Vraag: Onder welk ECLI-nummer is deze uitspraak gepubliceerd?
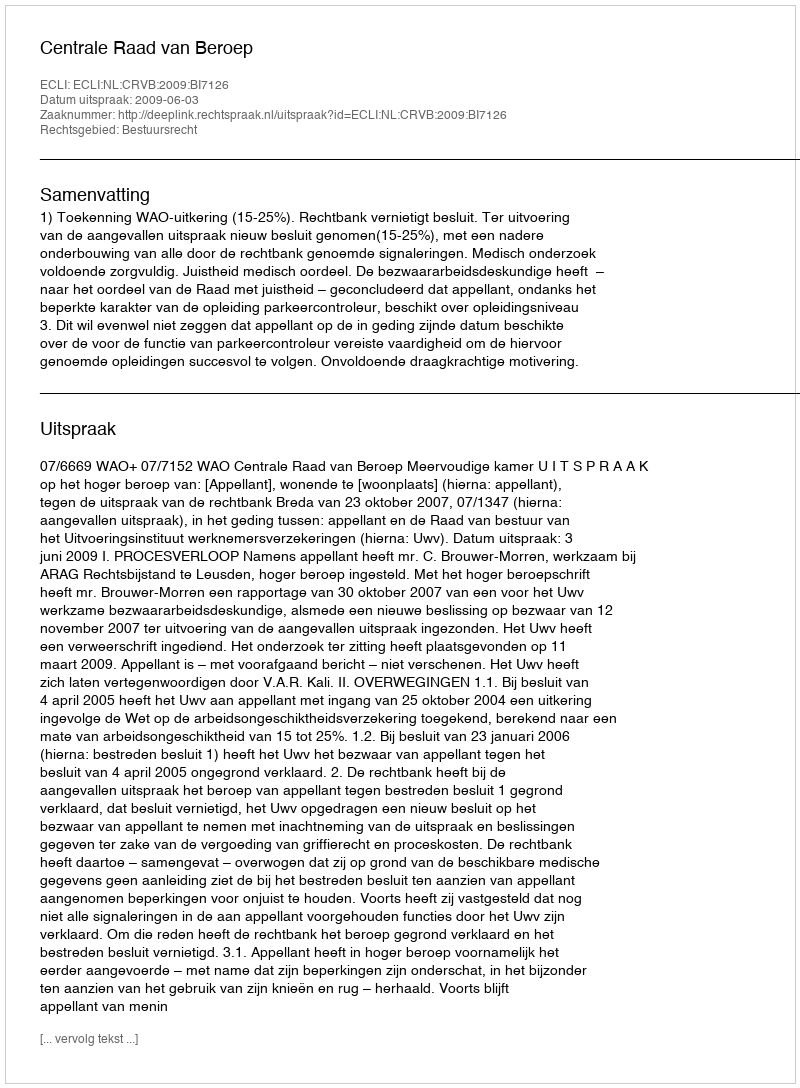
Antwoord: ECLI:NL:CRVB:2009:BI7126